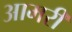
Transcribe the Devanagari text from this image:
आमरी